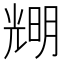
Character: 𠒫